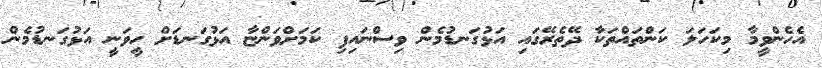
އެހެންވީމާ މިކަހަލަ ކަންތައްތަކާ ދޭތެރޭގައި އަޅުގަނޑުމެން ވިސްނައިފި ކަމަށްވަންޏާ އަޅުގަނޑަށް ހީވަނީ އަޅުގަނޑުމެން